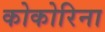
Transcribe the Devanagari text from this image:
कोकोरिना